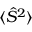
\langle \hat { S } ^ { 2 } \rangle